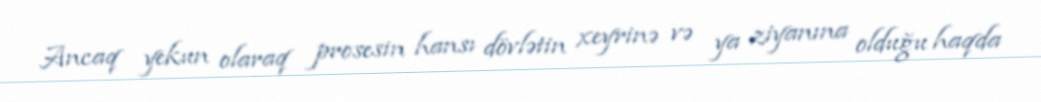
Ancaq yekun olaraq prosesin hansı dövlətin xeyrinə və ya ziyanına olduğu haqda